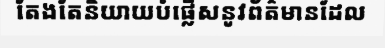
តែងតែនិយាយបំផ្លើសនូវព័ត៌មានដែល